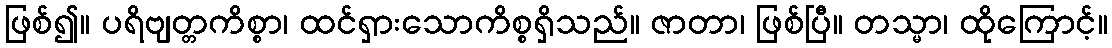
ဖြစ်၍။ ပရိဗျတ္တကိစ္စာ၊ ထင်ရှားသောကိစ္စရှိသည်။ ဇာတာ၊ ဖြစ်ပြီ။ တသ္မာ၊ ထိုကြောင့်။